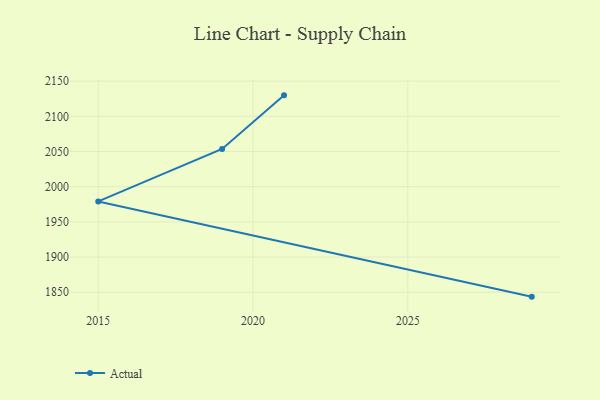
{"axis": {"x": "Year", "y": "Population (Million)"}, "legend": ["Actual"], "data": [{"x": "2029", "y": 1843.8, "type": "Actual"}, {"x": "2015", "y": 1979.1, "type": "Actual"}, {"x": "2019", "y": 2053.7, "type": "Actual"}, {"x": "2021", "y": 2129.8, "type": "Actual"}]}